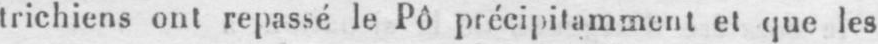
trichiens ont repassé le Pô précipitamment et que les